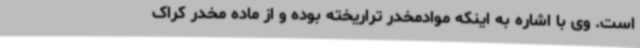
است. وی با اشاره به اینکه موادمخدر تراریخته بوده و از ماده مخدر کراک